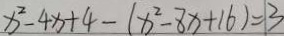
x ^ { 2 } - 4 x + 4 - ( x ^ { 2 } - 8 x + 1 6 ) = 1 3